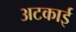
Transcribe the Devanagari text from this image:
अटकाई